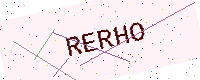
Text: RERHO